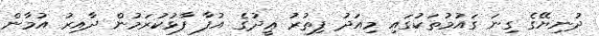
ދުނިޔޭގެ ގިނަ ގައުމުތަކުގައި މިއަދު ފިތުރު ޢީދުގެ އުފާ ފާޅުކުރަމުން ދާއިރު އުމާން